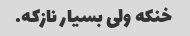
خنکه ولی بسیار نازکه.